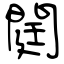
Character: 閮